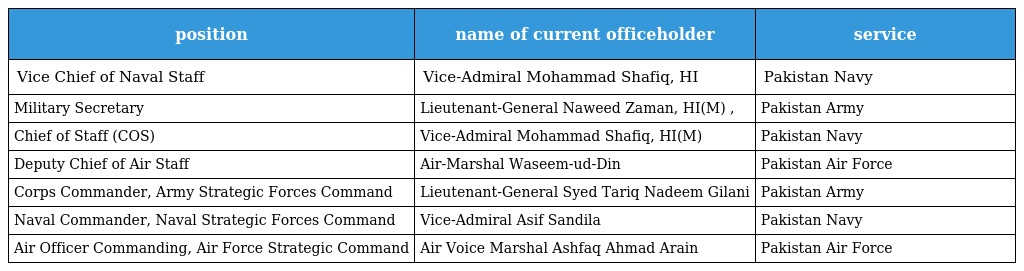
| position | name of current officeholder | service |
 | --- | --- | --- |
 | Vice Chief of Naval Staff | Vice-Admiral Mohammad Shafiq, HI | Pakistan Navy |
 | Military Secretary | Lieutenant-General Naweed Zaman, HI(M) , | Pakistan Army |
 | Chief of Staff (COS) | Vice-Admiral Mohammad Shafiq, HI(M) | Pakistan Navy |
 | Deputy Chief of Air Staff | Air-Marshal Waseem-ud-Din | Pakistan Air Force |
 | Corps Commander, Army Strategic Forces Command | Lieutenant-General Syed Tariq Nadeem Gilani | Pakistan Army |
 | Naval Commander, Naval Strategic Forces Command | Vice-Admiral Asif Sandila | Pakistan Navy |
 | Air Officer Commanding, Air Force Strategic Command | Air Voice Marshal Ashfaq Ahmad Arain | Pakistan Air Force |